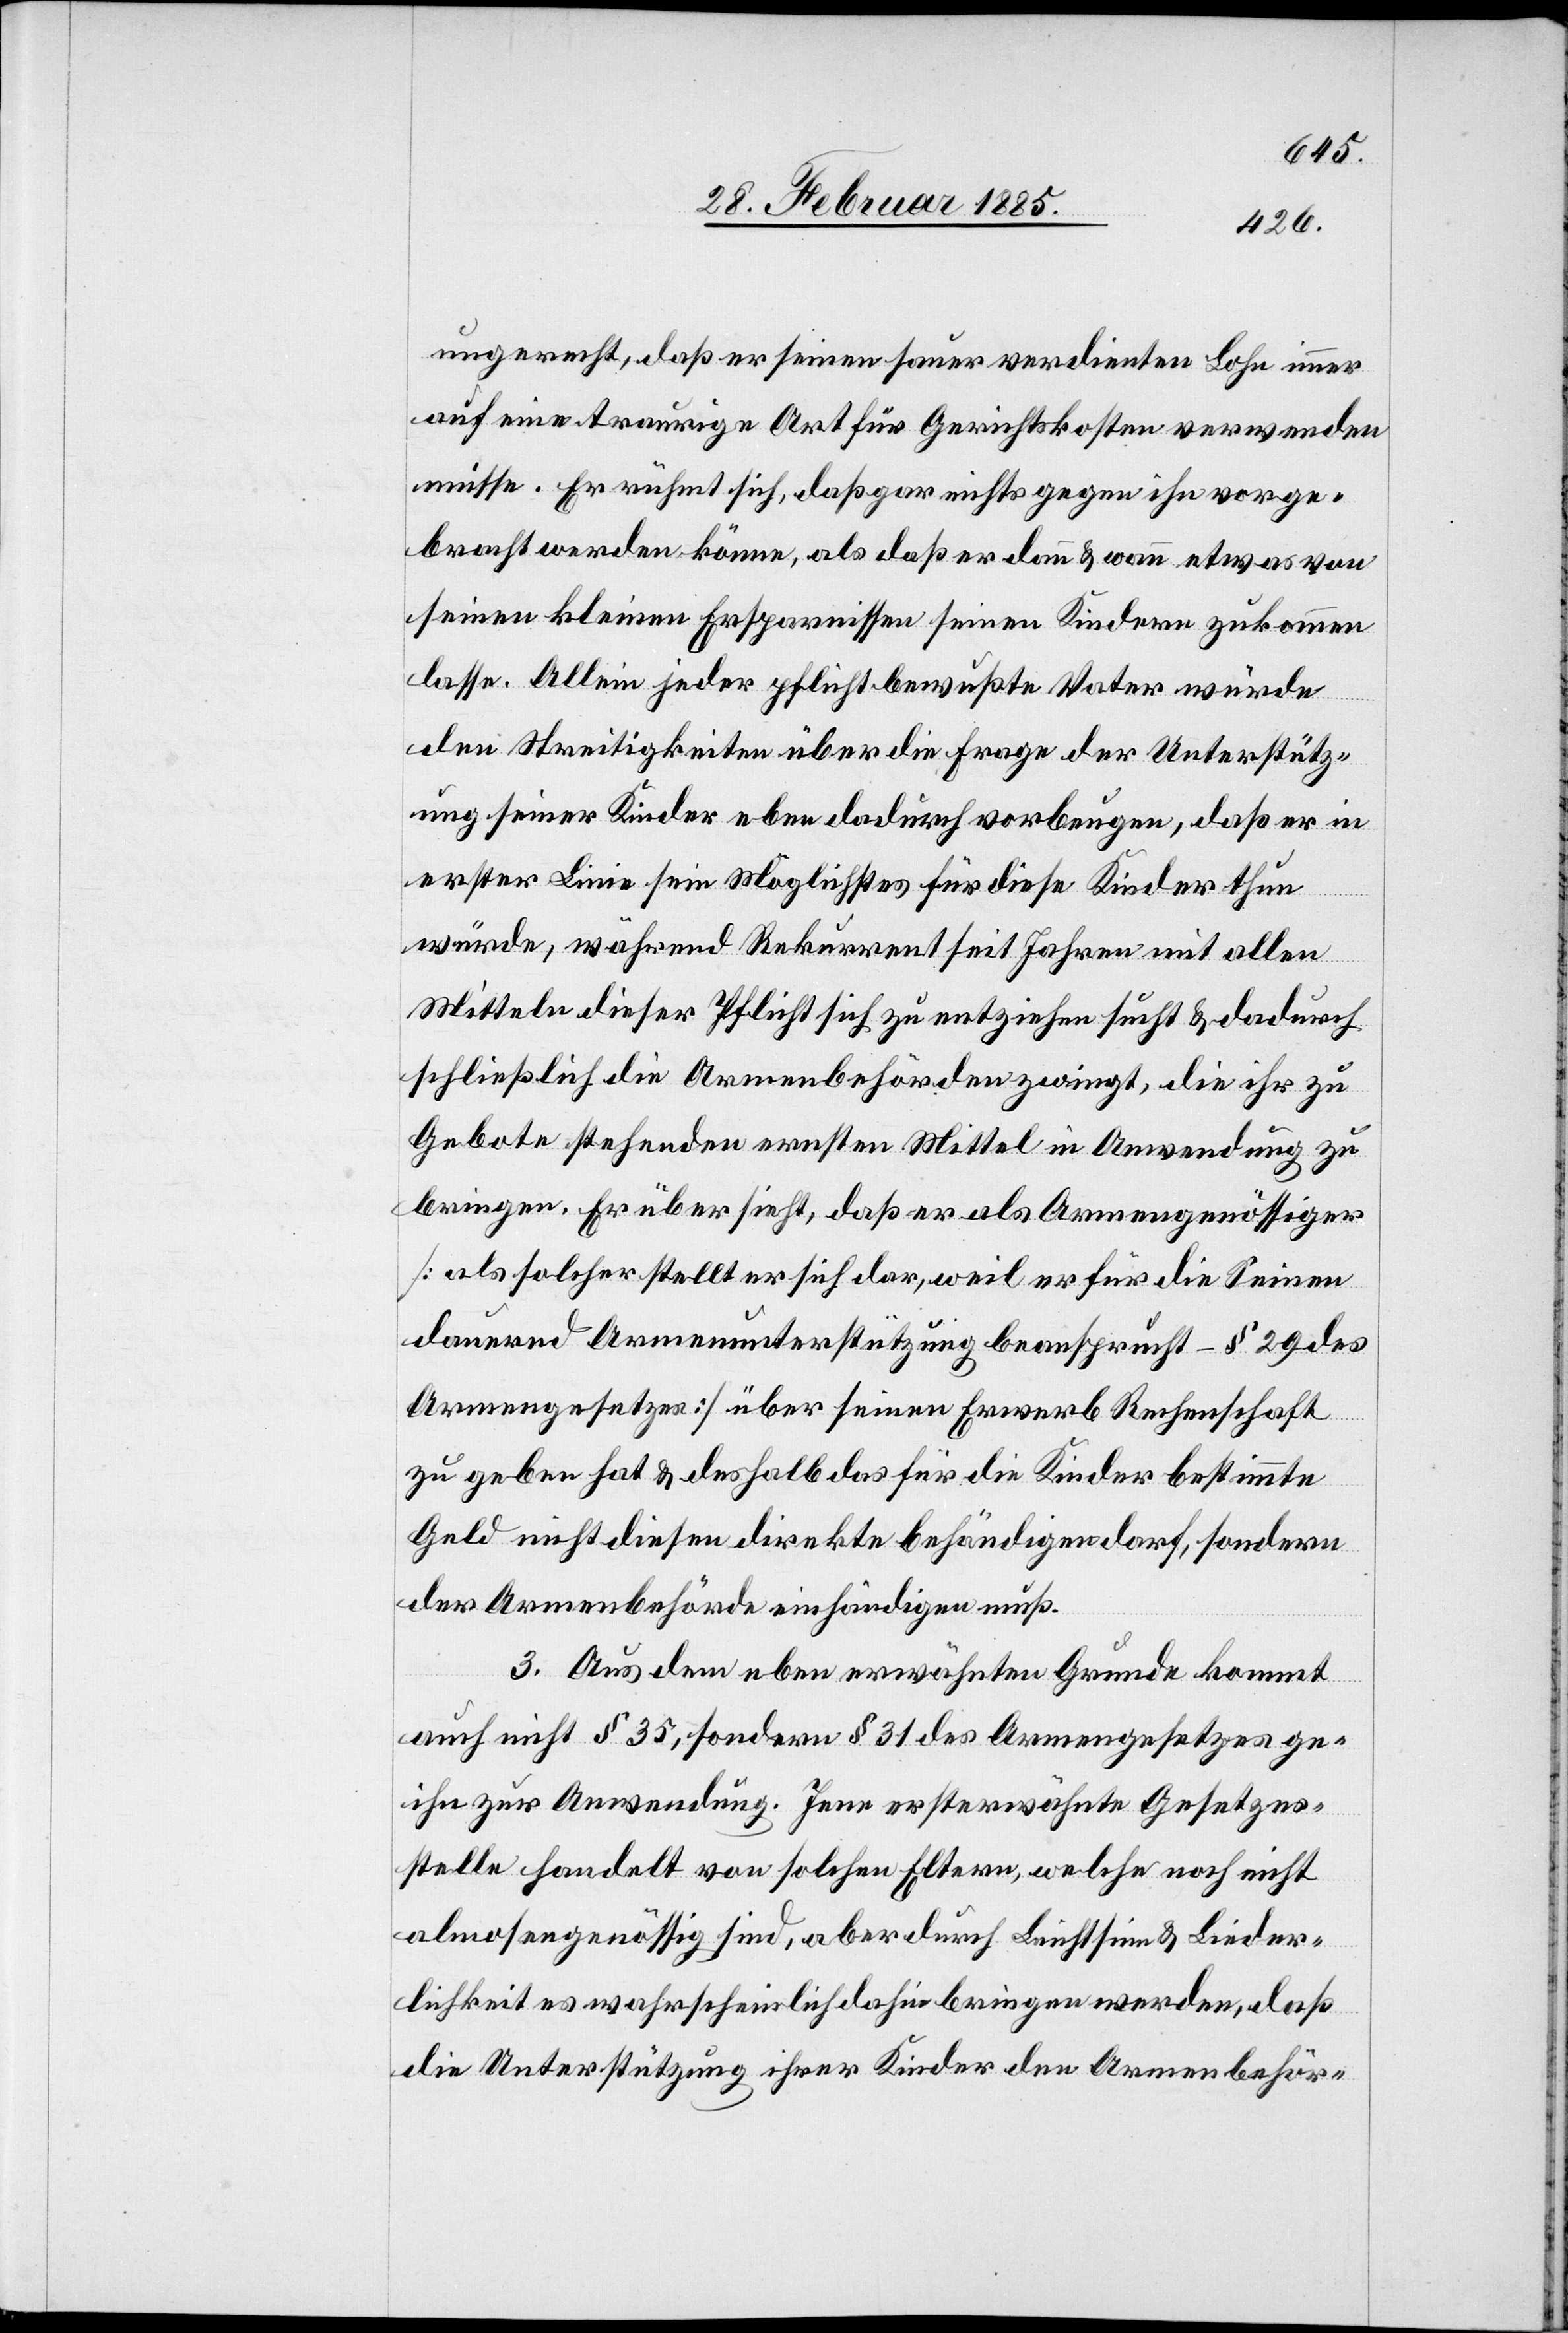
ungerecht, daß er seinen sauer verdienten Lohn immer
auf eine traurige Art für Gerichtskosten verwenden
müsse. Er rühmt sich, daß gar nichts gegen ihn vorge¬
bracht werden könne, als daß er dann & wann etwas von
seinen kleinen Ersparnissen seinen Kindern zukommen
lasse. Allein jeder pflichtbewußte Vater würde
den Streitigkeiten über die Frage der Unterstütz¬
ung seiner Kinder eben dadurch vorbeugen, daß er in
erster Linie sein Möglichstes für diese Kinder thun
würde, während Rekurrent seit Jahren mit allen
Mitteln dieser Pflicht sich zu entziehen sucht & dadurch
schließlich die Armenbehörden zwingt, die ihr zu
Gebote stehenden ernsten Mittel in Anwendung zu
bringen. Er übersieht, daß er als Armengenössiger
[als solcher stellt er sich dar, weil er für die Seinen
dauernd Armenunterstützung beanspruch – § 29 des
Armengesetzes] über seinen Erwerb Rechenschaft
e-[gen]
zu geben hat & deshalb das für die Kinder bestimmte
Geld nicht diesen direkte behändigen darf, sondern
der Armenbehörde einhändigen muß.
3. Aus dem eben erwähnten Grunde kommt
auch nicht § 35, sondern § 31 des Armengesetzes g¬
ihn zur Anwendung. Jene ersterwähnte Gesetzes¬
stelle handelt von solchen Eltern, welche noch nicht
almosengenössig sind, aber durch Leichtsinn & Lieder¬
lichkeit es wahrscheinlich dahin bringen werden, daß
die Unterstützung ihrer Kinder den Armenbehörd-